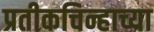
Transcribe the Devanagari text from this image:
प्रतीकचिन्हाच्या